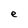
Character: e